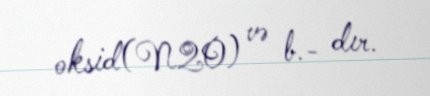
oksid(N2O) və b.- dır.